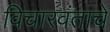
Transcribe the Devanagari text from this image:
विचारवंताचे